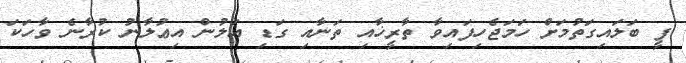
ފީ ބަލައިގަތުމަށް ހަމަޖެހިފައިވާ ތާރީޚާއި ތަނާއި ގަޑި އަލުން އިޢުލާނު ކުރާނެ ވާހަކަ